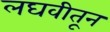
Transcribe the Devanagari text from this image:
लघवीतून